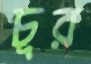
চূর